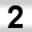
Digit: 2